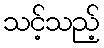
သင့်သည့်